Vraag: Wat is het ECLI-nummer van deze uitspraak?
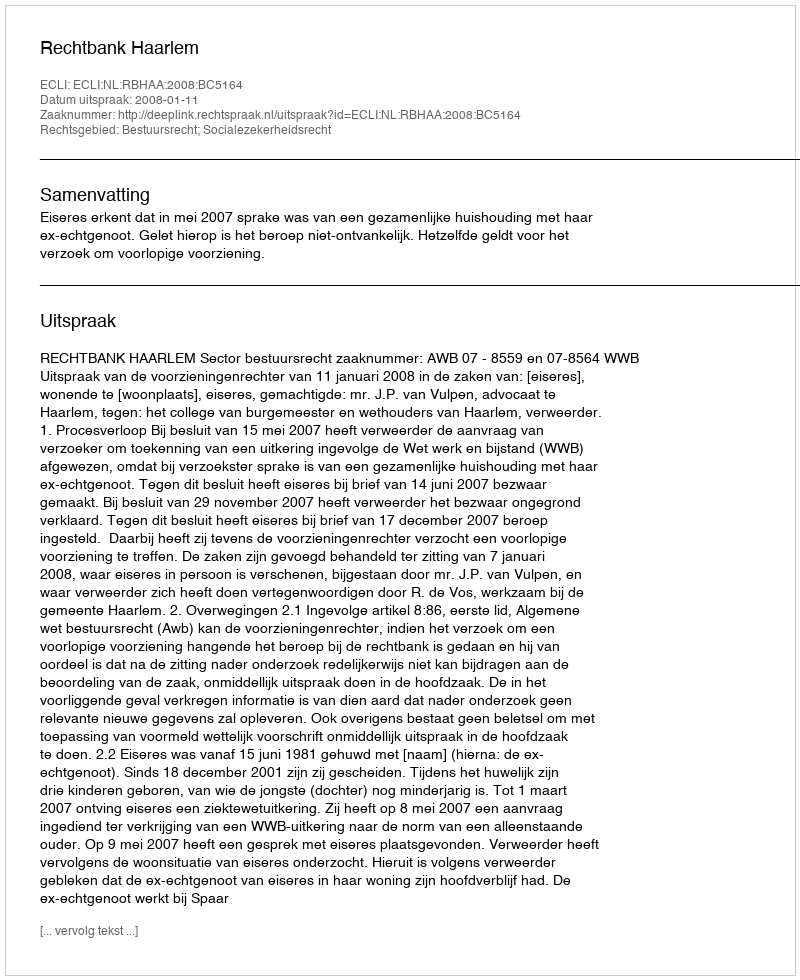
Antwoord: ECLI:NL:RBHAA:2008:BC5164